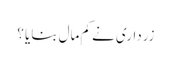
زرداری نے کم مال بنایا ؟